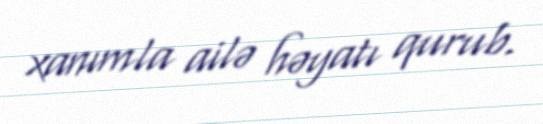
xanımla ailə həyatı qurub.